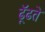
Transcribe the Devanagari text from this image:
ढूॅढते